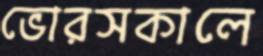
ভোরসকালে